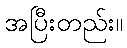
အပြီးတည်း။